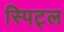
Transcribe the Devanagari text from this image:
स्पिट्ल